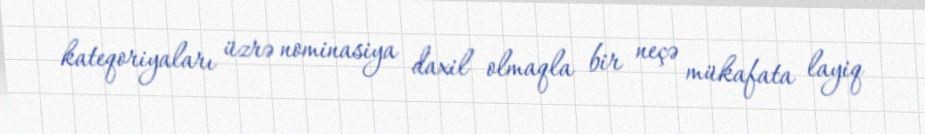
kateqoriyaları üzrə nominasiya daxil olmaqla bir neçə mükafata layiq